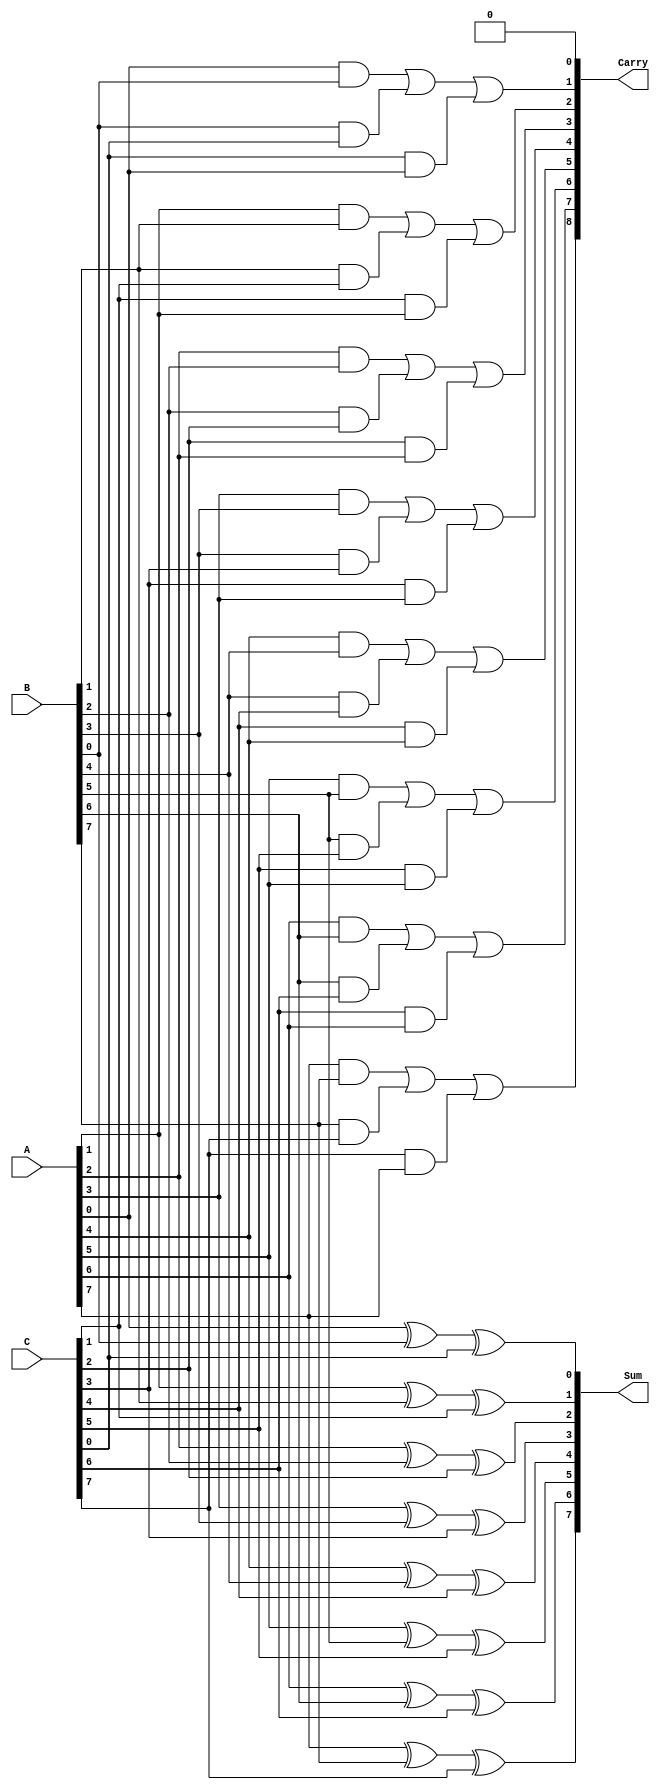
module CarrySaveAdder #(parameter n = 8) (
    input  [n-1:0] A,  // First input
    input  [n-1:0] B,  // Second input
    input  [n-1:0] C,  // Third input
    output [n-1:0] Sum, // Sum output
    output [n:0]   Carry // Carry output (n+1 bits)
);

    // Intermediate carry signals
    wire [n:0] carry; // Carry bits for each position

    // Generate sum and carry bits
    genvar i;
    generate
        for (i = 0; i < n; i = i + 1) begin : CSA
            // Sum bit calculation
            assign Sum[i] = A[i] ^ B[i] ^ C[i];

            // Carry bit calculation
            assign carry[i + 1] = (A[i] & B[i]) | (B[i] & C[i]) | (C[i] & A[i]);
        end
    endgenerate

    // Assign the first carry bit
    assign carry[0] = 1'b0; // No carry-in for the least significant bit

    // Final carry output
    assign Carry = carry;

endmodule